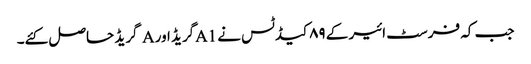
جب کہ فرسٹ ائیر کے ۸۹کیڈٹس نے A1گریڈ اور A گریڈ حاصل کئے۔